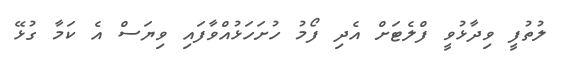
ލުތުފީ ވިދާޅުވީ ފްލެޓަށް އެދި ފޯމު ހުށަހަޅުއްވާފައި ވިޔަސް އެ ކަމާ ގުޅޭ